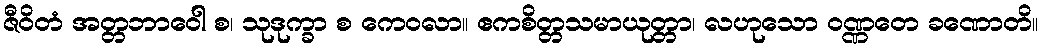
ဇီဝိတံ အတ္တဘာဝေါ စ၊ သုဒုက္ခာ စ ကေဝလာ။ ဧကစိတ္တသမာယုတ္တာ၊ လဟုသော ဝဏ္ဏတေ ခဏောတိ။